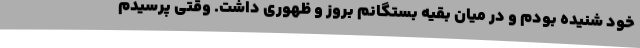
خود شنیده بودم و در میان بقیه بستگانم بروز و ظهوری داشت. وقتی پرسیدم